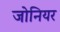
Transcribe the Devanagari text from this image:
जोनियर